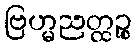
ဗြဟ္မညတ္ထဉ္စ